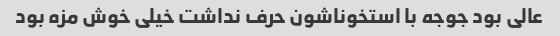
عالی بود جوجه با استخوناشون حرف نداشت خیلی خوش مزه بود